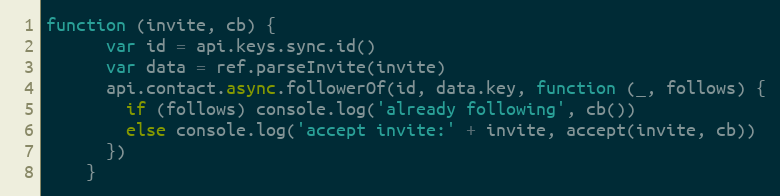
Language: JavaScript
function (invite, cb) {
      var id = api.keys.sync.id()
      var data = ref.parseInvite(invite)
      api.contact.async.followerOf(id, data.key, function (_, follows) {
        if (follows) console.log('already following', cb())
        else console.log('accept invite:' + invite, accept(invite, cb))
      })
    }